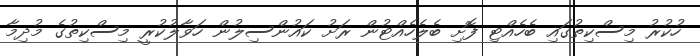
ހުކުރު މިސްކިތުގައި ބެހެއްޓި ފޮށި ބެލެހެއްޓުން ރަށު ކައުންސިލުން ހަވާލުކުރީ މިސްކިތުގެ މުދިމާ